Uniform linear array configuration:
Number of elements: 48
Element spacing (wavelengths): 0.25
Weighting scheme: exponential
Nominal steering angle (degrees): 0
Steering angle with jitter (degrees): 0.3038
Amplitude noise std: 0.05
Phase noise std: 0.05

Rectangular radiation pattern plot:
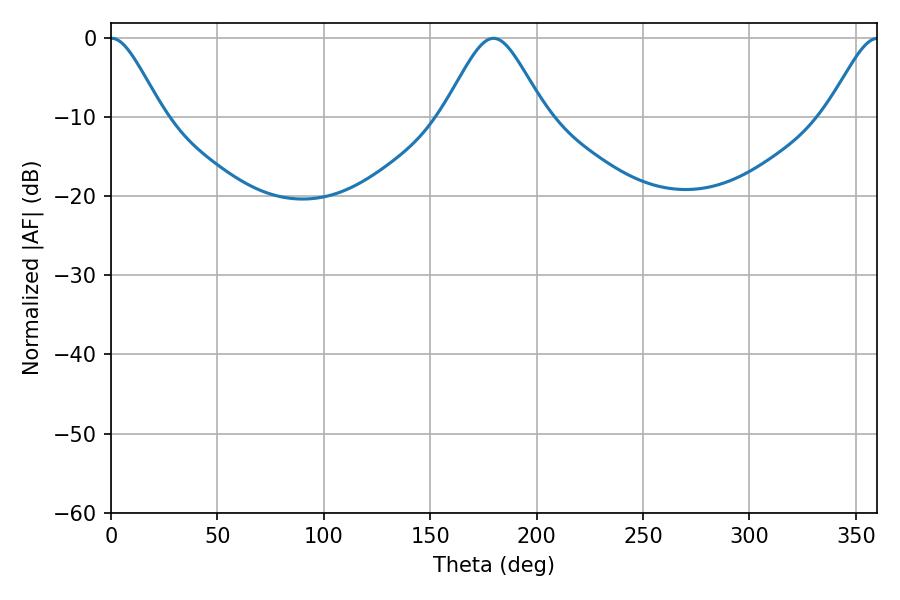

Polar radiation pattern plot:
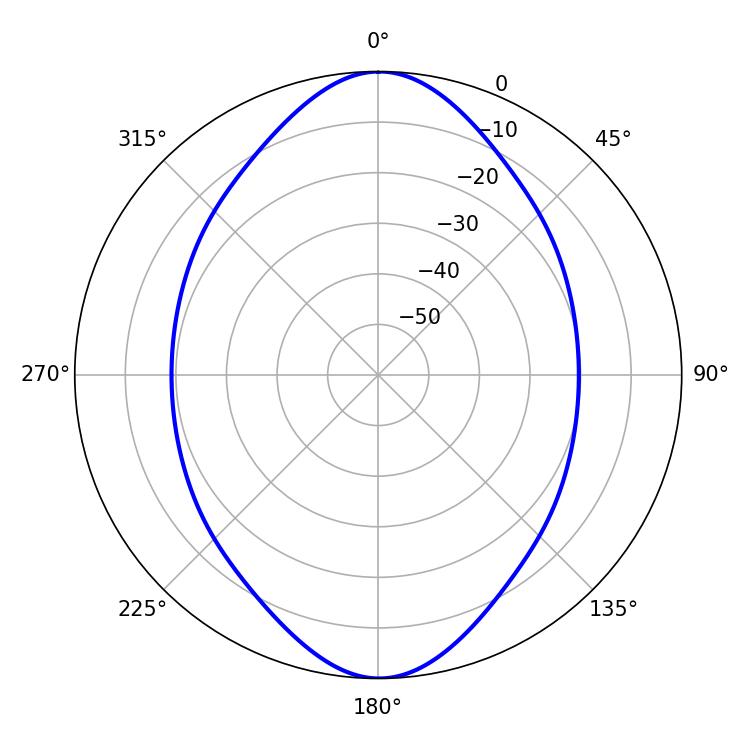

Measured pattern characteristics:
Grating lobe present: FALSE
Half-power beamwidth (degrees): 11.88
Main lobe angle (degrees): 0.18